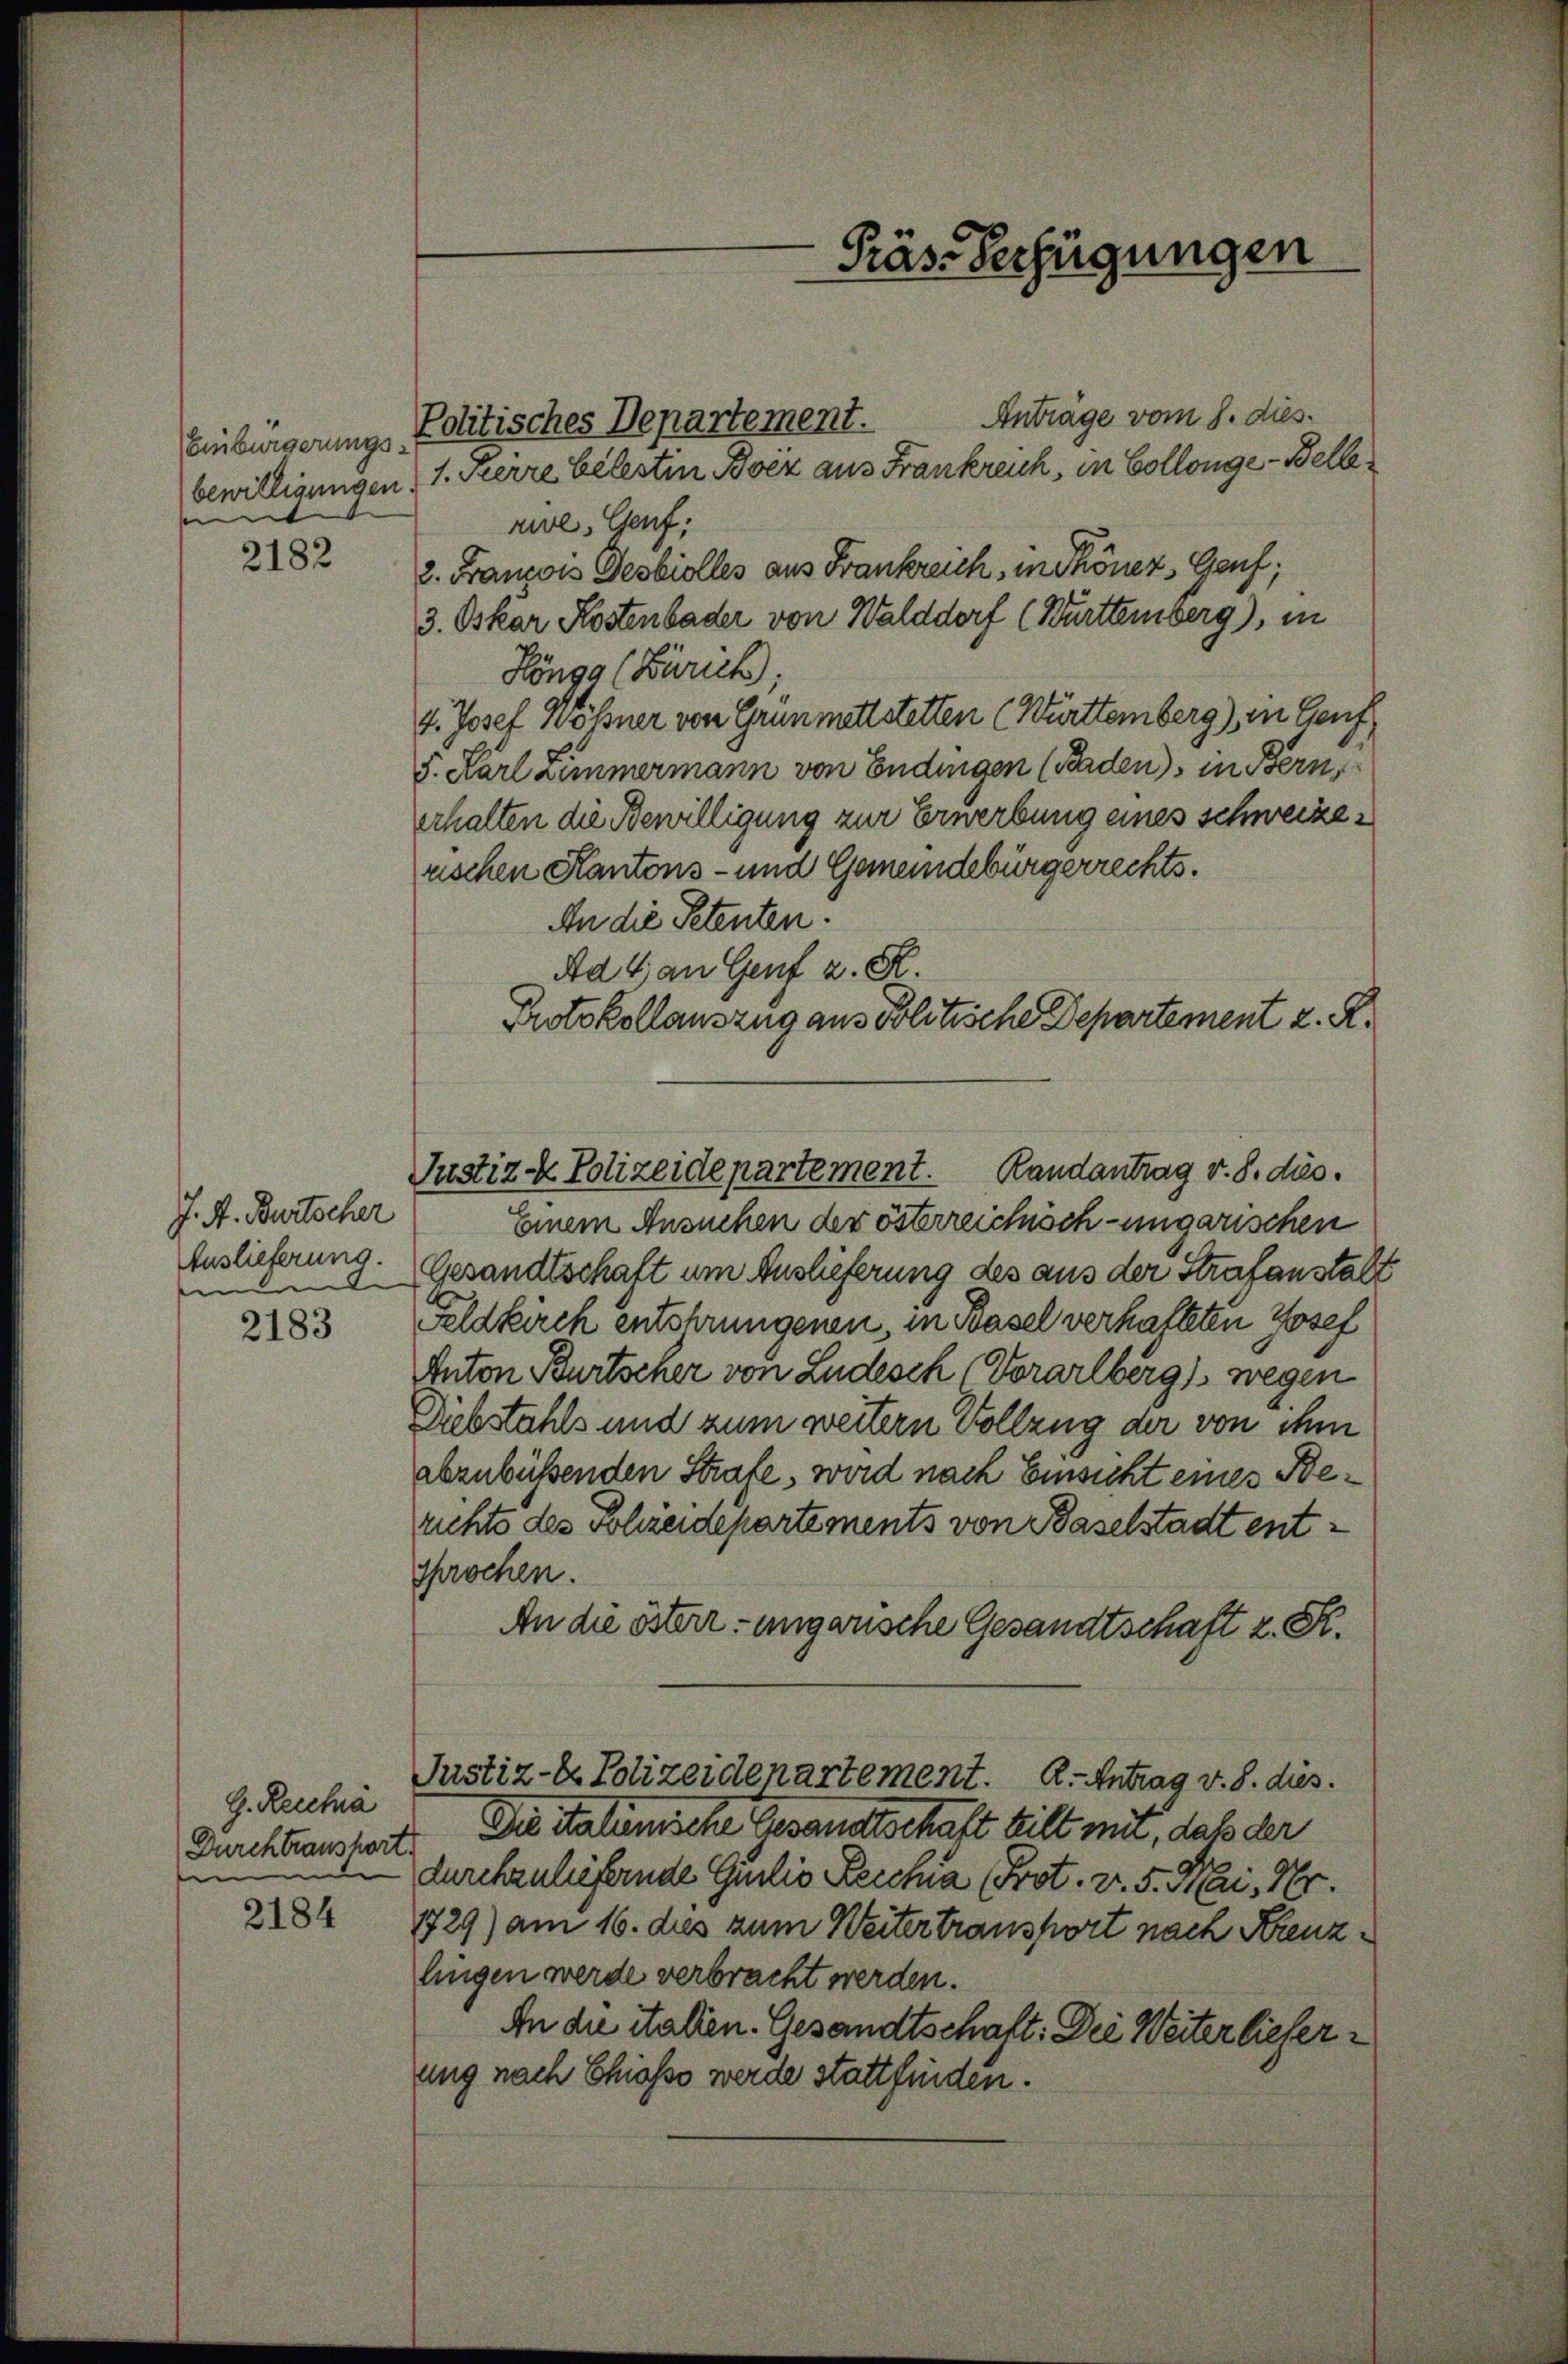
Einbürgerungsbewilligungen.
e

2182

J. A. Burtscher
Auslieferung.

2183

2184

H. Recha
Durchtraushart.
m

1. Herre belestin Boez aus Frankreich, in Collonge-Belle
rie, Genf;
2. Francois Desbiolles aus Frankreich, in Schöner Genf;
3. Oskar Kostenbader von Walddorf (Württemberg), in
Hönga (Buruck;
4. Josef Wößner von Grunmatt stetten (Württemberg) in Genf
5. Karl Zimmermann von Endingen (Baden), in Bern,
erhalten die Bewilligung zur Erwerbung eines schweizerischen Kantons- und Gemeindebürgerrechts.
An die Petenten.
Ad 4 an Genf z. R.
Einem Ansuchen der österreichisch-ungarischen
Gesandtschaft um Auslieferung des aus der Strafanstalt
Feldkirch entshrungenen, in Basel verhalteten Josef
Anton Bürtscher von Ludesch (Vorarlberg) wegen
Diebstahls und zum weitern Vollzug der von ihm
abzubüßenden Strafe, wird nach Einsicht eines Berichts des Polizeidepartements von Baselstadt entsprochen.
An die österr. ungarische Gesandtschaft z. R.
Justiz- & Polizeidenartement. A. Antrag v. 8. dies.
Die Salienische Gesandtschaft hilt mit, daß der
durchzuliefernde Giulio Reichia (Prot. v. 5. Mai. 1.
129) am 16. des zum Weitertransport nach Krenzlingen werde verbracht werden.
An die Stallen. Gesandtschaft: Die Weiter liefer
ung nach Chiasso werde stattfinden.

Protokollauszug aus Politische Departement z. R.
Randantrag v. 8. dies
Justiz & Polizeidepartement.

-Präs. Verfügungen

Politisches Departement. Anträge vom h. dies.